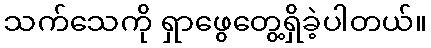
သက်သေကို ရှာဖွေတွေ့ရှိခဲ့ပါတယ်။